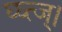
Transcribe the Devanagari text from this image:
घ्घ्त्ज्।